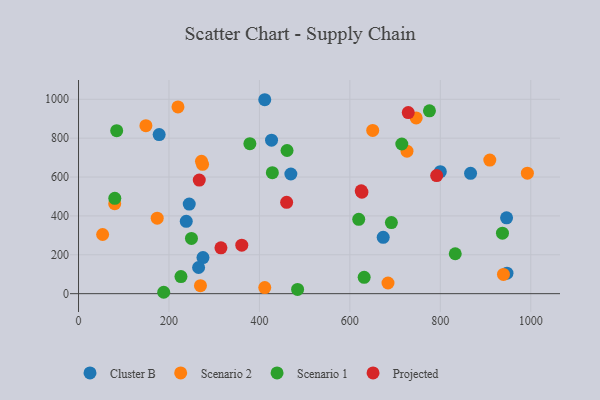
{"axis": {"x": "Ad Spend", "y": "Sales"}, "legend": ["Cluster B", "Projected", "Scenario 1", "Scenario 2"], "data": [{"x": "178.3", "y": 818.4, "type": "Cluster B"}, {"x": "946.5", "y": 390.0, "type": "Cluster B"}, {"x": "947.4", "y": 105.3, "type": "Cluster B"}, {"x": "244.8", "y": 460.8, "type": "Cluster B"}, {"x": "866.9", "y": 619.3, "type": "Cluster B"}, {"x": "800.0", "y": 627.3, "type": "Cluster B"}, {"x": "275.2", "y": 185.4, "type": "Cluster B"}, {"x": "238.2", "y": 371.9, "type": "Cluster B"}, {"x": "469.5", "y": 615.6, "type": "Cluster B"}, {"x": "673.7", "y": 289.7, "type": "Cluster B"}, {"x": "426.8", "y": 789.4, "type": "Cluster B"}, {"x": "411.8", "y": 997.7, "type": "Cluster B"}, {"x": "265.5", "y": 134.6, "type": "Cluster B"}, {"x": "274.3", "y": 665.2, "type": "Scenario 2"}, {"x": "726.3", "y": 733.1, "type": "Scenario 2"}, {"x": "746.6", "y": 903.9, "type": "Scenario 2"}, {"x": "53.3", "y": 304.4, "type": "Scenario 2"}, {"x": "174.0", "y": 388.1, "type": "Scenario 2"}, {"x": "939.6", "y": 99.1, "type": "Scenario 2"}, {"x": "650.5", "y": 840.0, "type": "Scenario 2"}, {"x": "684.3", "y": 54.9, "type": "Scenario 2"}, {"x": "219.9", "y": 960.5, "type": "Scenario 2"}, {"x": "411.8", "y": 31.4, "type": "Scenario 2"}, {"x": "80.0", "y": 463.0, "type": "Scenario 2"}, {"x": "271.9", "y": 680.8, "type": "Scenario 2"}, {"x": "149.0", "y": 864.4, "type": "Scenario 2"}, {"x": "269.6", "y": 40.8, "type": "Scenario 2"}, {"x": "909.4", "y": 687.3, "type": "Scenario 2"}, {"x": "992.5", "y": 619.9, "type": "Scenario 2"}, {"x": "833.0", "y": 205.4, "type": "Scenario 1"}, {"x": "484.4", "y": 21.8, "type": "Scenario 1"}, {"x": "188.4", "y": 7.1, "type": "Scenario 1"}, {"x": "80.2", "y": 490.4, "type": "Scenario 1"}, {"x": "461.1", "y": 736.4, "type": "Scenario 1"}, {"x": "249.7", "y": 284.2, "type": "Scenario 1"}, {"x": "378.9", "y": 771.6, "type": "Scenario 1"}, {"x": "776.0", "y": 940.8, "type": "Scenario 1"}, {"x": "714.8", "y": 769.9, "type": "Scenario 1"}, {"x": "691.8", "y": 365.8, "type": "Scenario 1"}, {"x": "428.6", "y": 622.4, "type": "Scenario 1"}, {"x": "631.6", "y": 83.9, "type": "Scenario 1"}, {"x": "226.5", "y": 88.1, "type": "Scenario 1"}, {"x": "619.6", "y": 382.6, "type": "Scenario 1"}, {"x": "937.4", "y": 310.9, "type": "Scenario 1"}, {"x": "84.4", "y": 838.4, "type": "Scenario 1"}, {"x": "460.2", "y": 469.8, "type": "Projected"}, {"x": "267.0", "y": 584.3, "type": "Projected"}, {"x": "791.9", "y": 607.6, "type": "Projected"}, {"x": "314.9", "y": 235.9, "type": "Projected"}, {"x": "361.0", "y": 249.3, "type": "Projected"}, {"x": "729.1", "y": 931.6, "type": "Projected"}, {"x": "625.1", "y": 529.2, "type": "Projected"}, {"x": "626.6", "y": 522.3, "type": "Projected"}]}